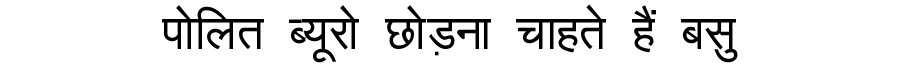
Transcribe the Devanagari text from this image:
पोलित ब्यूरो छोड़ना चाहते हैं बसु